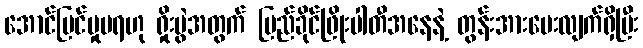
အောင်မြင်မှုမရဟု ရှိုးပွဲအတွက် ပြည်ခိုင်ဖြိုးပါတီအနေနဲ့ တွန်းအားပေးလျက်ရှိပြီး